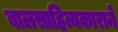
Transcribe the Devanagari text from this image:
बालसाहित्यकाराने